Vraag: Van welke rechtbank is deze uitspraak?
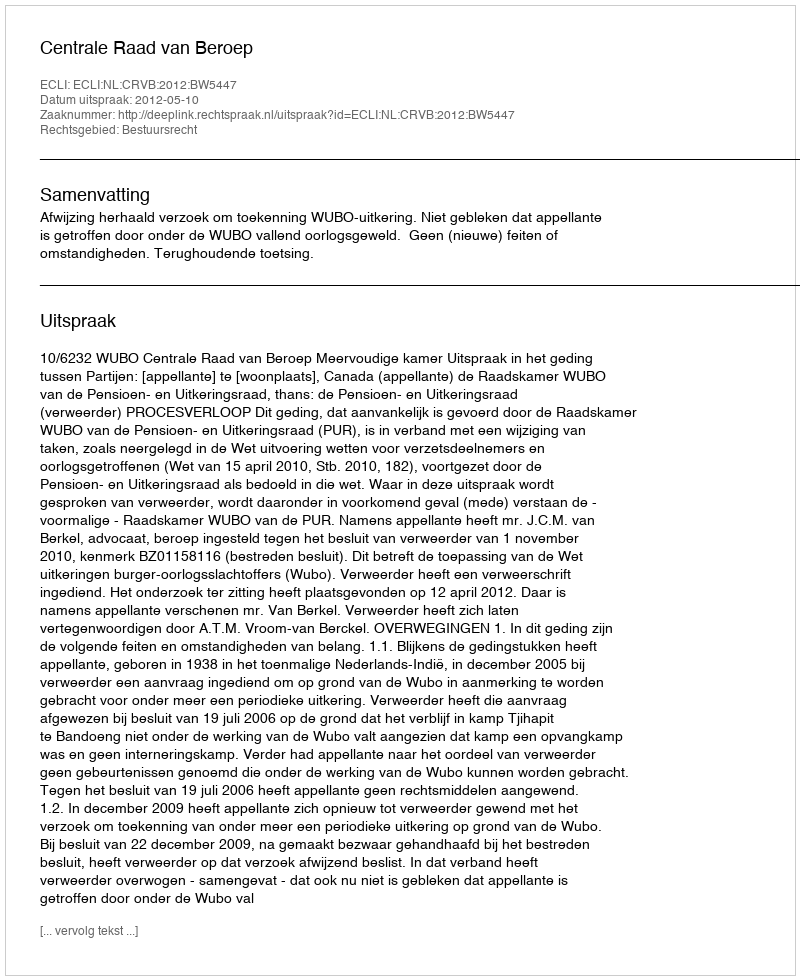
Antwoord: Centrale Raad van Beroep